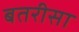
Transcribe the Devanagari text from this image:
बतरीसा